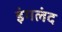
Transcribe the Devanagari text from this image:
इंगलंद